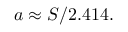
a \approx S / 2 . 4 1 4 .